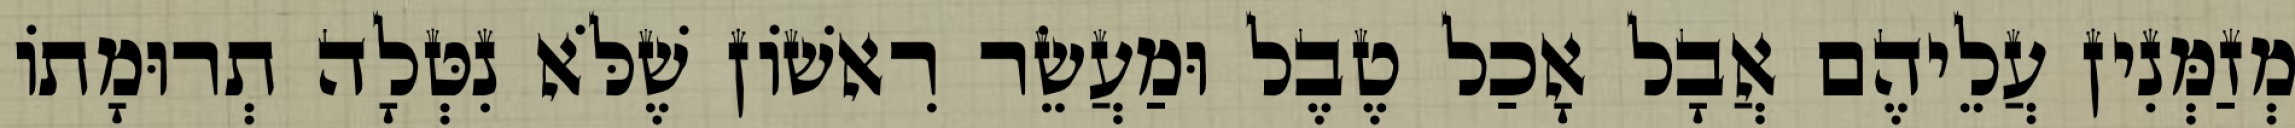
מְזַמְּנִין עֲלֵיהֶם אֲבָל אָכַל טֶבֶל וּמַעֲשֵׂר רִאשׁוֹן שֶׁלֹּא נִטְּלָה תְרוּמָתוֹ